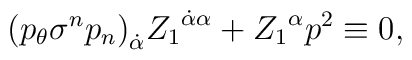
{(p_{\theta} \sigma^n p_n)}_{\dot\alpha} {Z_1}^{\dot\alpha \alpha}+{Z_1}^\alpha p^2\equiv0,